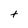
Character: t